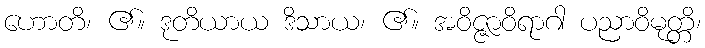
ဟောတိ၊ ၏။ ဒုတိယာယ ဒိသာယ၊ ၏။ အဝိဇ္ဇာဝိရာဂါ ပညာဝိမုတ္တိ၊